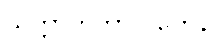
သတ္တာဟကာလိကေန